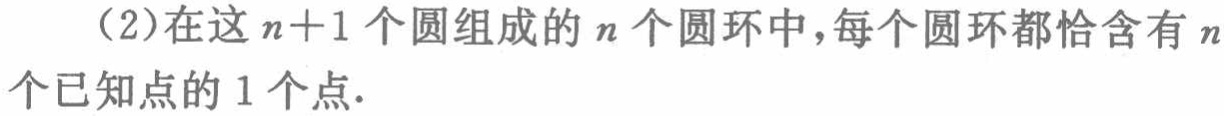
（2）在这\(n + 1\)个圆组成的\(n\)个圆环中，每个圆环都恰含有\(n\)个已知点的\(1\)个点.